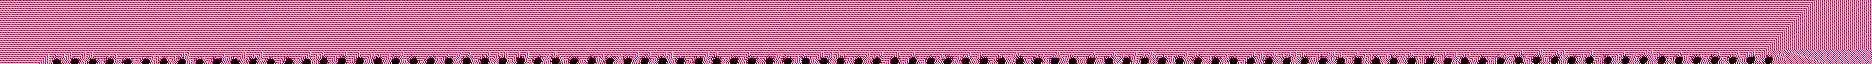
.................................................................................................